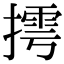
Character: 摴